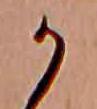
か